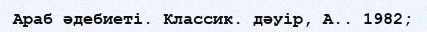
Араб әдебиеті. Классик. дәуір, А.. 1982;